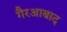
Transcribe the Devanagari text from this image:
गैरआबाद